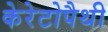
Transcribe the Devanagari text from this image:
केरेटोपैथी